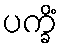
ပက္ခိံ